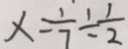
x = \frac { 1 } { 7 } \div \frac { 1 } { 2 }